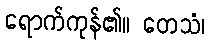
ရောက်ကုန်၏။ တေသံ၊